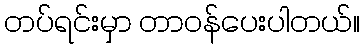
တပ်ရင်းမှာ တာဝန်ပေးပါတယ်။